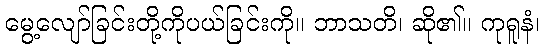
မွေ့လျော်ခြင်းတို့ကိုပယ်ခြင်းကို။ ဘာသတိ၊ ဆို၏။ ကုရူနံ၊